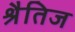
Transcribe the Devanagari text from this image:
श्रैतिज